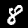
Digit: 8